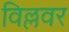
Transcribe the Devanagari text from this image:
विल्लवर